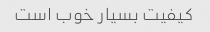
کیفیت بسیار خوب است